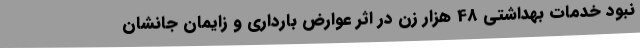
نبود خدمات بهداشتی 48 هزار زن در اثر عوارض بارداری و زایمان جانشان